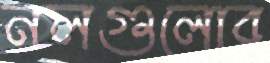
নলগুলোর